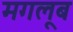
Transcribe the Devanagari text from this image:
मगलूब